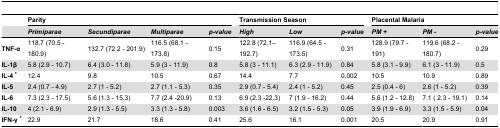
|  | <COLSPAN=4> Parity |  | <COLSPAN=3> Transmission Season |  | <COLSPAN=3> Placental Malaria |
 |  | Primiparae | Secundiparae | Multiparae | p-value |  | High | Low | p-value |  | PM + | PM - | p-value |
 | --- | --- | --- | --- | --- | --- | --- | --- | --- | --- | --- | --- | --- |
 | TNF-α | 118.7 (70.5 - 180.9) | 132.7 (72.2 - 201.9) | 116.5 (68.1 - 173.8) | 0.15 |  | 122.8 (72.1–192.7) | 116.9 (64.5 - 173.5) | 0.31 |  | 128.9 (79.7 - 191) | 119.6 (68.2 - 180.7) | 0.29 |
 | IL-1β | 5.8 (2.9 - 10.7) | 6.4 (3.0 - 11.8) | 5.9 (3 - 11.9) | 0.8 |  | 5.8 (3 - 11.1) | 6.3 (2.9 - 11.9) | 0.84 |  | 5.8 (3.1 - 9.9) | 6.1 (3 - 11.9) | 0.5 |
 | IL-4 * | 12.4 | 9.8 | 10.5 | 0.67 |  | 14.4 | 7.7 | 0.002 |  | 10.5 | 10.9 | 0.89 |
 | IL-5 | 2.4 (0.7 - 4.9) | 2.7 (1 - 5.2) | 2.7 (1.1 - 5.3) | 0.35 |  | 2.9 (0.7 - 5.4) | 2.4 (1 - 5.2) | 0.45 |  | 2.5 (0.4 - 6) | 2.6 (1 - 5.2) | 0.39 |
 | IL-6 | 7.3 (2.3 - 17.5) | 5.6 (1.3 - 15.3) | 7.7 (2.4 -20.9) | 0.13 |  | 6.9 (2.3 -22.3) | 7 (1.9 - 16.2) | 0.44 |  | 5.6 (1.2 - 12.8) | 7.1 ( 2.3 - 19.1) | 0.14 |
 | IL-10 | 4 (2.1 - 6.9) | 2.9 (1.3 - 5.5) | 3.3 (1.3 - 5.8) | 0.003 |  | 3.6 (1.6 - 6.5) | 3.2 (1.5 - 5.3) | 0.05 |  | 3.9 (1.9 - 6.9) | 3.3 (1.5 - 5.9) | 0.04 |
 | IFN-γ * | 22.9 | 21.7 | 18.6 | 0.41 |  | 25.6 | 16.1 | 0.001 |  | 20.5 | 20.9 | 0.91 |